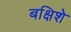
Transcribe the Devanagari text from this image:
बक्षिशे